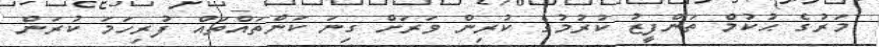
މަރުގެ ޙުކުމް ތަންފީޒު ކުރުމުގެ ކުރިން ވަރަށް ގިނަ ކަންތައްތައް ފުރިހަމަ ކުރަން